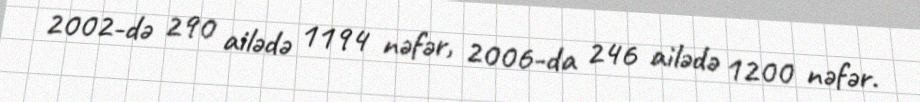
2002-də 290 ailədə 1194 nəfər, 2006-da 246 ailədə 1200 nəfər.